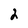
Character: 2